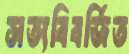
সত্যবিবর্জিত